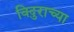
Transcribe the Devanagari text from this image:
विदुराच्या